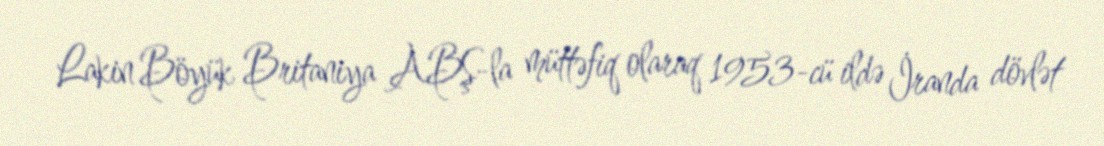
Lakin Böyük Britaniya ABŞ-la müttəfiq olaraq 1953-cü ildə İranda dövlət